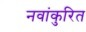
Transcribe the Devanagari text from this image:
नवांकुरित